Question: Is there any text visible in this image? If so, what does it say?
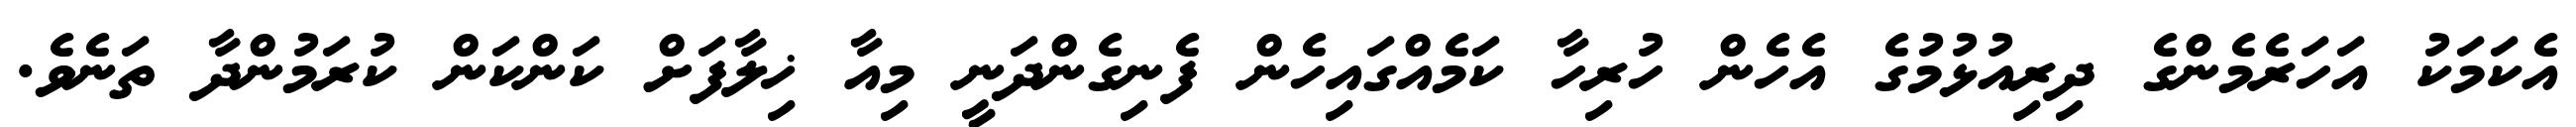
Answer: އެކަމަކު އަހަރެމެންގެ ދިރިއުޅުމުގެ އެހެން ހުރިހާ ކަމެއްގައިހެން ފެނިގެންދަނީ މިއާ ޚިލާފަށް ކަންކަން ކުރަމުންދާ ތަނެވެ.